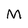
Character: M